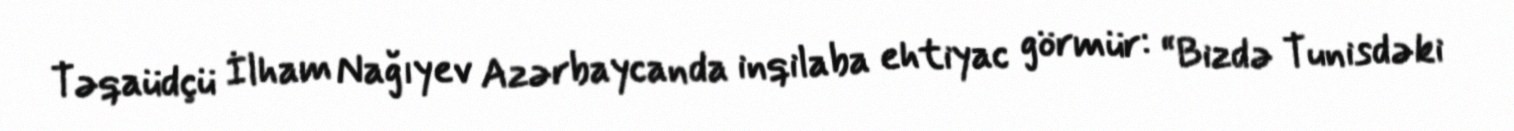
Təqaüdçü İlham Nağıyev Azərbaycanda inqilaba ehtiyac görmür: “Bizdə Tunisdəki